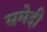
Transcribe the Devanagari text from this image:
समेदी